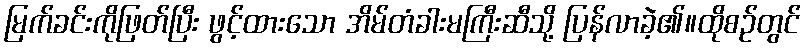
မြက်ခင်းကိုဖြတ်ပြီး ဖွင့်ထားသော အိမ်တံခါးမကြီးဆီသို့ ပြန်လာခဲ့၏။ထိုစဉ်တွင်